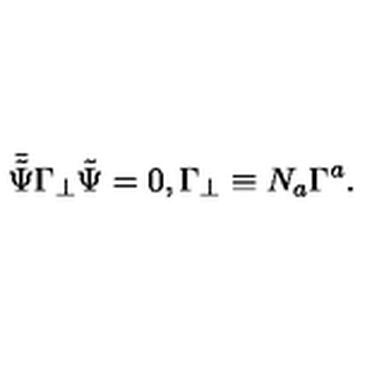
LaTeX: \bar { \tilde { \Psi } } \Gamma _ { \bot } \tilde { \Psi } = 0 , \Gamma _ { \bot } \equiv N _ { a } \Gamma ^ { a } .